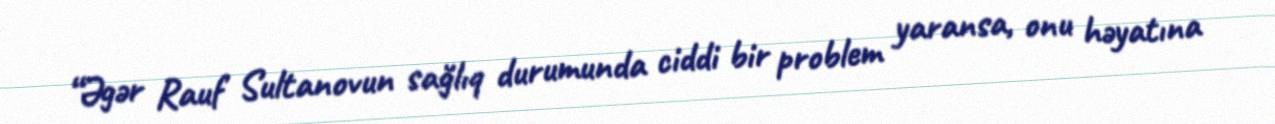
“Əgər Rauf Sultanovun sağlıq durumunda ciddi bir problem yaransa, onu həyatına